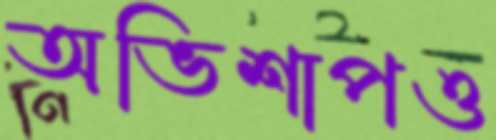
অভিশাপও